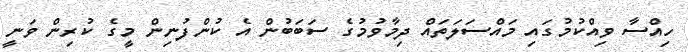
ހިއްސާ ވިއްކުމުގައި މައްސަލަތައް ދިމާވުމުގެ ސަބަބުން އެ ކުންފުނިން މީގެ ކުރިން ވަނީ